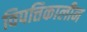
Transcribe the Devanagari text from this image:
विपत्तिकालीन